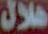
هلال